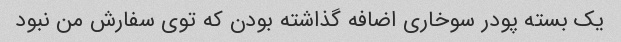
یک بسته پودر سوخاری اضافه گذاشته بودن که توی سفارش من نبود